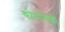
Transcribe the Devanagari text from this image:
कोनोसेबी